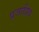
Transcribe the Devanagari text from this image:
प्रजाप्रिय